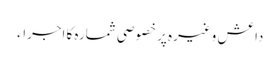
داعش وغیرہ پر خصوصی شمارہ کا اجراء